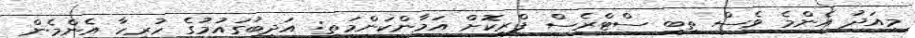
މިއަދު އެންމެ ވެސް ތިބީ ސްޓްރެސް ފްރީކޮށް އަމާންކަންމަތީ: އަދީބުގައުމުގެ ހުރިހާ އެންމެން